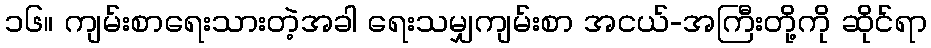
၁၆။ ကျမ်းစာရေးသားတဲ့အခါ ရေးသမျှကျမ်းစာ အငယ်-အကြီးတို့ကို ဆိုင်ရာ